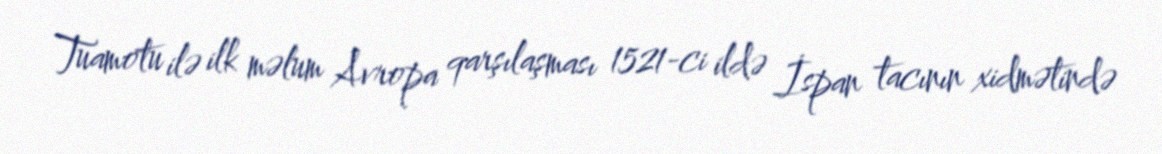
Tuamotu ilə ilk məlum Avropa qarşılaşması 1521-ci ildə İspan tacının xidmətində